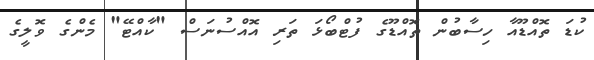
ކުޑަ ތޮއްޑޫއާ ހިސާބުން ތޮއްޑޫގެ ފުޓްބޯޅަ ތަރި އޮއްސުނަސް "ކާއްޓޭ" މެންގެ ވޮލީގެ